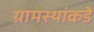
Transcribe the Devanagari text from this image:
ग्रामस्थांकडे